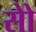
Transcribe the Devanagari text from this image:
सोे